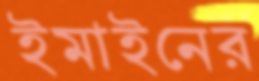
ইমাইনের